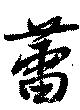
蕾